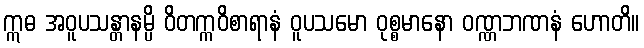
ဣဓ အဝူပသန္တာနမ္ပိ ဝိတက္ကဝိစာရာနံ ဝူပသမော ဝုစ္စမာနော ဝဏ္ဏဘဏနံ ဟောတိ။